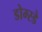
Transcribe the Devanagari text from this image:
डोम्स्डे